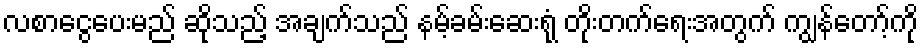
လစာငွေပေးမည် ဆိုသည့် အချက်သည် နမ့်ခမ်းဆေးရုံ တိုးတက်ရေးအတွက် ကျွန်တော့်ကို